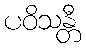
ပဝိသန္တီ